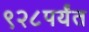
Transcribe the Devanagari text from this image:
९२८पर्यंत